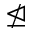
\ntrianglelefteq